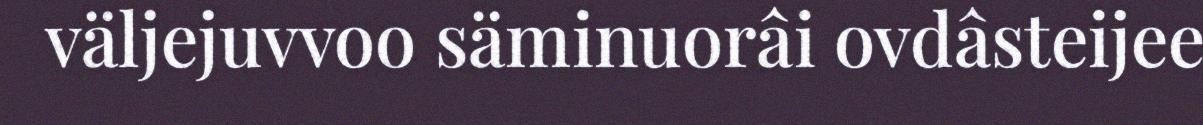
väljejuvvoo säminuorâi ovdâsteijee